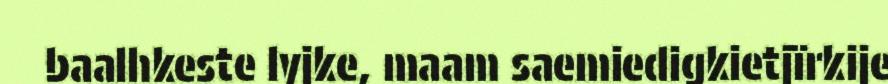
baalhkeste lyjke, maam saemiedigkietjïrkije